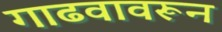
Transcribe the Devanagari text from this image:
गाढवावरून